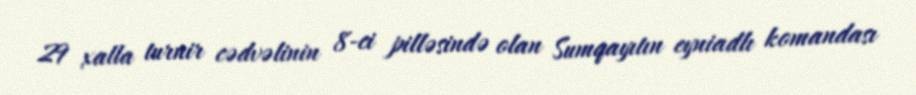
29 xalla turnir cədvəlinin 8-ci pilləsində olan Sumqayıtın eyniadlı komandası